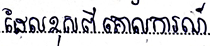
ដែលខុសពីគោលការណ៍